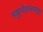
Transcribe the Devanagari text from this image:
मधुमेहासारखा